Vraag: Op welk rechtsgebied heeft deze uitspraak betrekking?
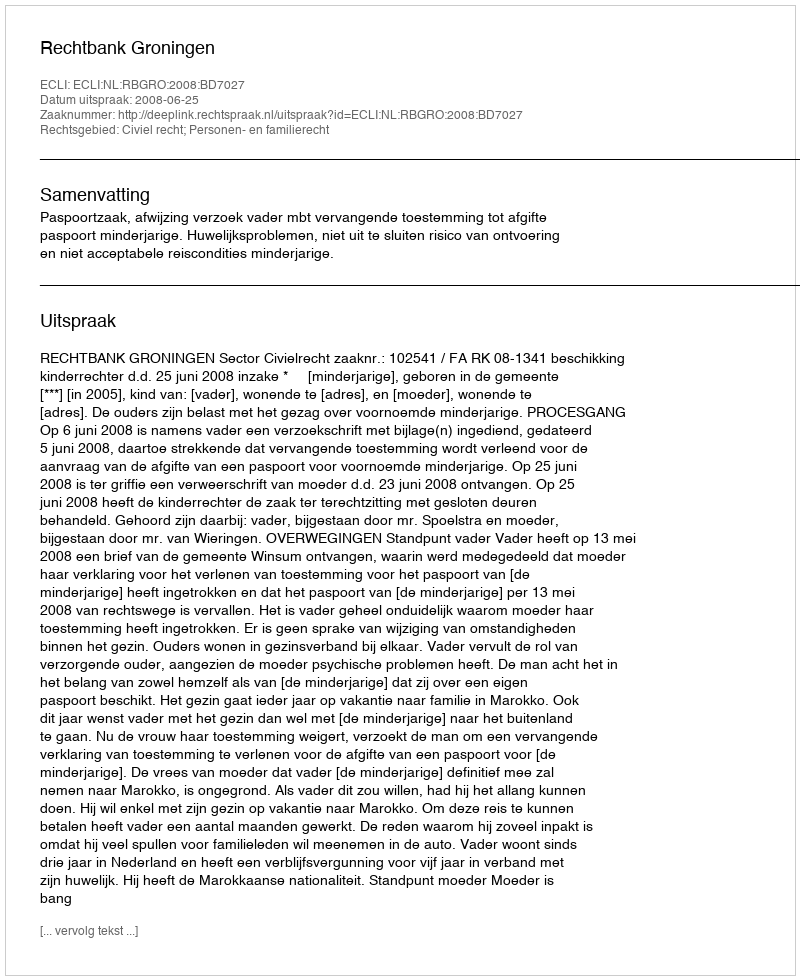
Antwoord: Civiel recht; Personen- en familierecht